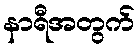
နာရီအတွက်